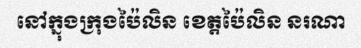
នៅក្នុងក្រុងប៉ៃលិន ខេត្តប៉ៃលិន នរណា